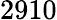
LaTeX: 2910